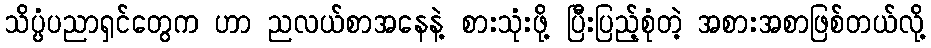
သိပ္ပံပညာရှင်တွေက ဟာ ညလယ်စာအနေနဲ့ စားသုံးဖို့ ပြီးပြည့်စုံတဲ့ အစားအစာဖြစ်တယ်လို့